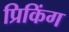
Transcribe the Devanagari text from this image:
प्रिकिंग